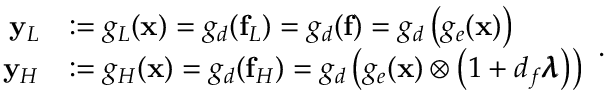
\begin{array} { r l } { \mathbf { y } _ { L } } & { : = g _ { L } ( \mathbf { x } ) = g _ { d } ( \mathbf { f } _ { L } ) = g _ { d } ( \mathbf { f } ) = g _ { d } \left( g _ { e } ( \mathbf { x } ) \right) } \\ { \mathbf { y } _ { H } } & { : = g _ { H } ( \mathbf { x } ) = g _ { d } ( \mathbf { f } _ { H } ) = g _ { d } \left( g _ { e } ( \mathbf { x } ) \otimes \left( 1 + d _ { f } \pmb { \lambda } \right) \right) } \end{array} .